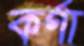
কর্ণা